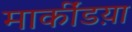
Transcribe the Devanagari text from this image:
मार्कींडय़ा